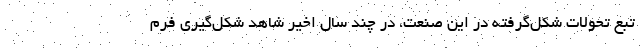
تبع تحولات شکل‌گرفته در این صنعت، در چند سال اخیر شاهد شکل‌گیری فرم